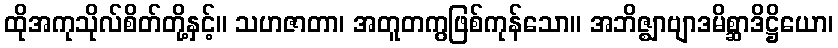
ထိုအကုသိုလ်စိတ်တို့နှင့်။ သဟဇာတာ၊ အတူတကွဖြစ်ကုန်သော။ အဘိဇ္ဈာဗျာဒမိစ္ဆာဒိဋ္ဌိယော၊